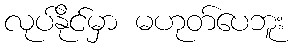
လုပ်နိုင်မှာ မဟုတ်ပေဘူး